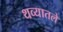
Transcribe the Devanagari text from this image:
थव्यातले